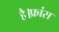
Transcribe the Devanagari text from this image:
है।फ्रांस